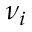
\nu _ { i }